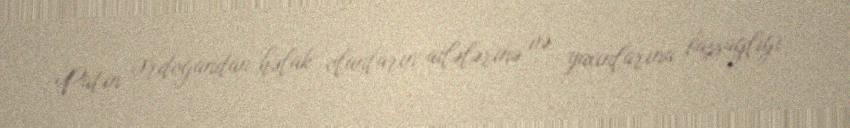
Putin Ərdoğandan həlak olanların ailələrinə və yaxınlarına başsağlığı